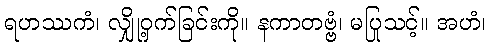
ရဟဿကံ၊ လျှို့ဝှက်ခြင်းကို။ နကာတဗ္ဗံ၊ မပြုသင့်။ အဟံ၊